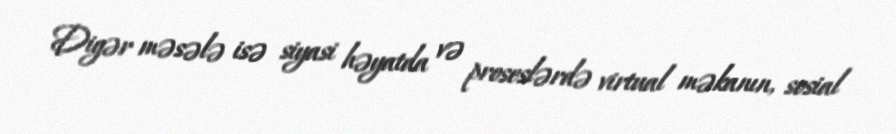
Digər məsələ isə siyasi həyatda və proseslərdə virtual məkanın, sosial